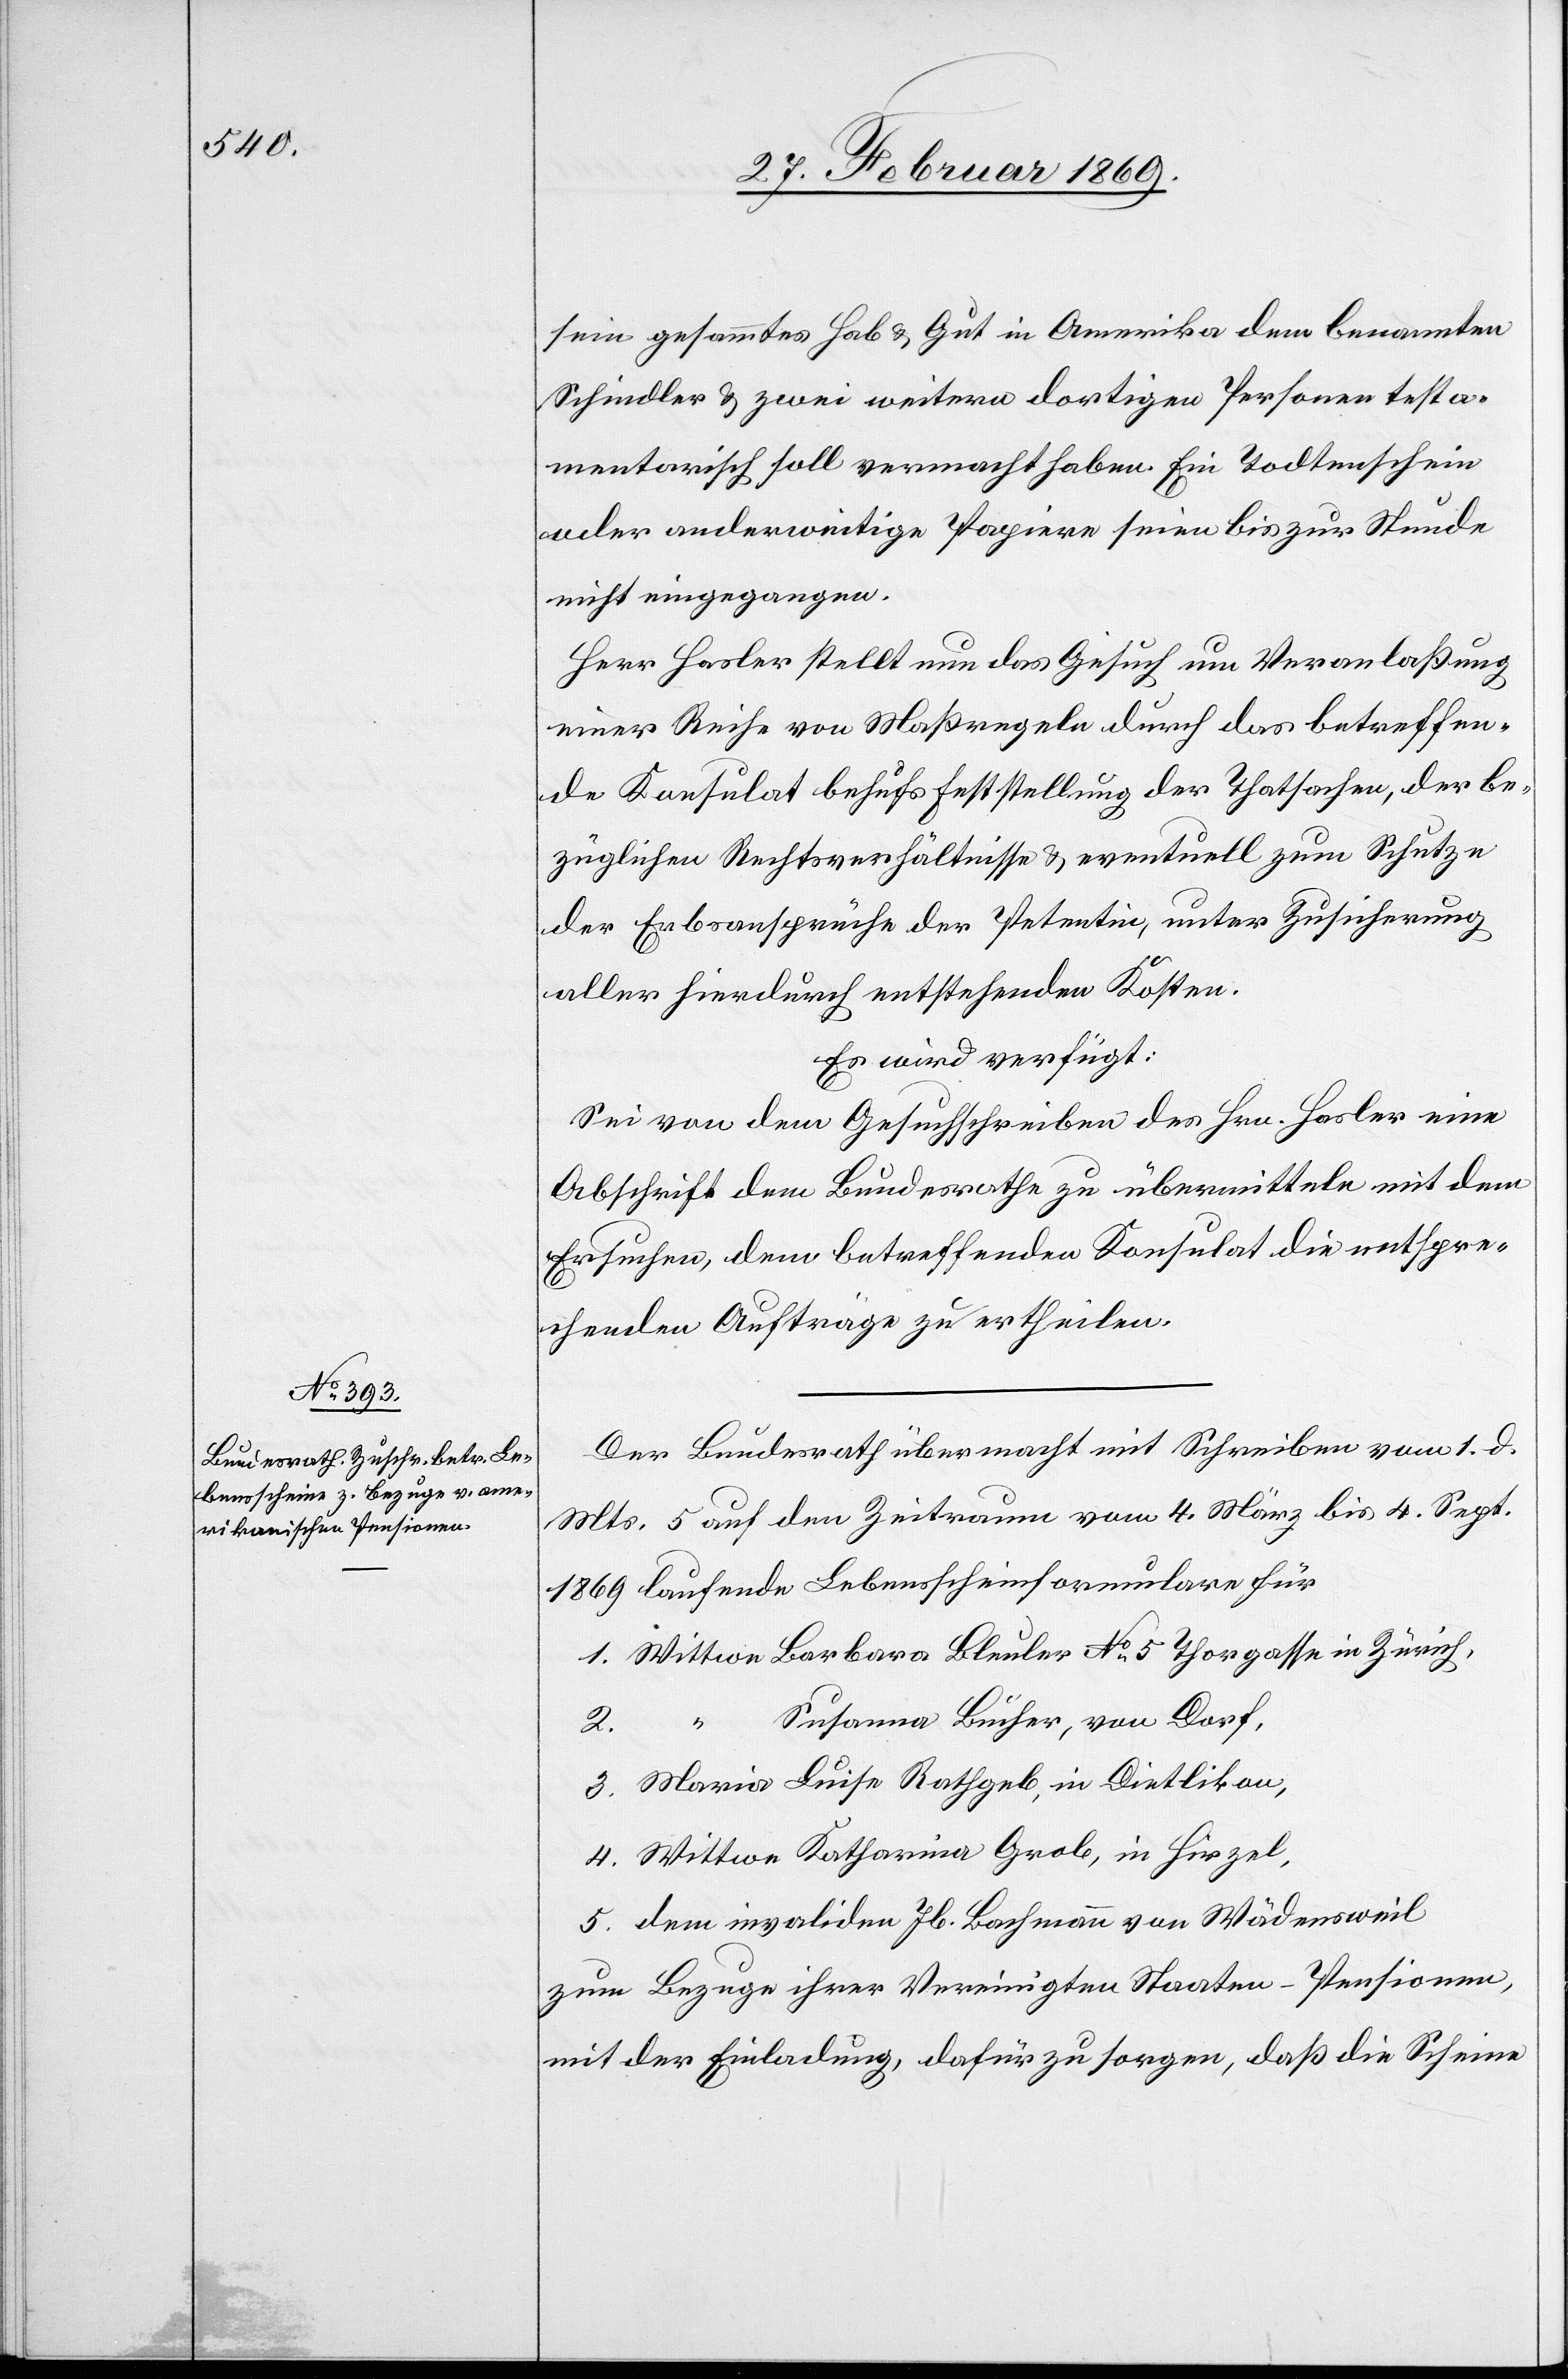
sein gesammtes Hab & Gut in Amerika dem benannten
Schindler & zwei weitern dortigen Personen testa¬
mentarisch soll vermacht haben. Ein Todtenschein
oder anderweitige Papiere seien bis zur Stunde
nicht eingegangen.
Herr Hasler stellt nun das Gesuch um Veranlaßung
einer Reihe von Maßregeln durch das betreffen¬
de Konsulat behufs Feststellung der Thatsachen, der be¬
züglichen Rechtsverhältnisse & eventuell zum Schutze
der Erbsansprüche der Petentin, unter Zusicherung
aller hierdurch entstehenden Kosten.
Es wird verfügt:
Sei von dem Gesuchschreiben des Hrn. Hasler eine
Abschrift dem Bundesrathe zu übermitteln mit dem
Ersuchen, dem betreffenden Konsulat die entspre¬
chenden Aufträge zu ertheilen.
Der Bundesrath übermacht mit Schreiben vom 1. d.
Mts. 5 auf den Zeitraum vom 4. März bis 4. Sept.
1869 laufende Lebensscheinformulare für
1. Wittwe Barbara Bleuler N° 5 Thorgasse in Zürich,
Susanna Bücher, von Dorf,
3. Maria Luisa Rathgeb, in Dietlikon,
4. Wittwe Katharina Grob, in Hirzel,
5. dem invaliden Jb. Bachmann von Wädensweil
zum Bezuge ihrer Vereinigten Staaten – Pensionen,
mit der Einladung, dafür zu sorgen, daß die Scheine